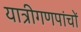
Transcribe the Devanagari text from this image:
यात्रीगणपांचों